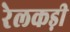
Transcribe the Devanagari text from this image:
रेलकड़ी